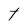
Character: t